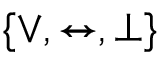
\{ \lor , \leftrightarrow , \bot \}